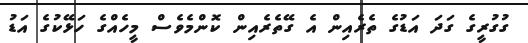
ގުގުރީގެ ގަދަ އަޑުގެ ތެރެއިން އެ ގޭތެރެއިން ކޮންމެވެސް މީހެއްގެ ހަޅޭކުގެ އަޑު